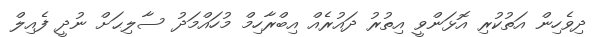
ދިވެހިން އަތުކުރި އޮޅަންވީ އިތުރު ދައުރެއް އިބްރާހިމް މުހައްމަދު ސާލިޙަށް ނުދީ ފެއިލް